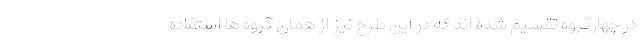
در چهارگروه تقسیم شده اند که در این طرح نیز از همان گروه ها استفاده